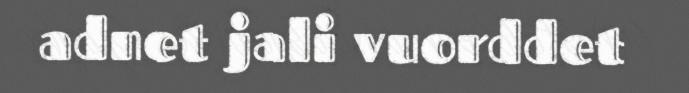
adnet jali vuorddet